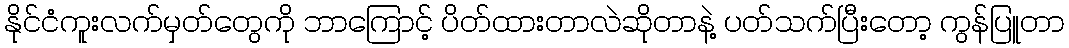
နိုင်ငံကူးလက်မှတ်တွေကို ဘာကြောင့် ပိတ်ထားတာလဲဆိုတာနဲ့ ပတ်သက်ပြီးတော့ ကွန်ပြူတာ